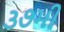
૩૭મી